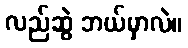
လည်ဆွဲ ဘယ်မှာလဲ။